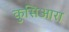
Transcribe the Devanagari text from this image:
कुसिआरा